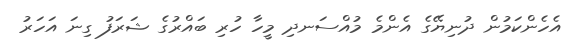
އެހެންކަމުން ދުނިޔޭގެ އެންމެ މުއްސަނދި މީހާ ހުރި ބައްރުގެ ޝަރަފު ގިނަ އަހަރު